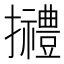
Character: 𢹿